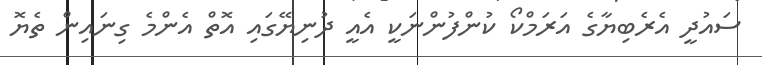
ސައުދީ އެރެބިޔާގެ އަރަމްކޯ ކުންފުންނަކީ އެއީ ދުނިޔޭގައި އޮތް އެންމެ ގިނައިން ތެޔޮ